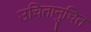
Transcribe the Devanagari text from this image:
उचितानुचित